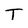
Character: T